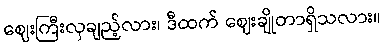
ဈေးကြီးလှချည့်လား၊ ဒီထက် ဈေးချိုတာရှိသလား။